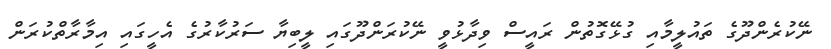
ނޭކުރެންދޫގެ ތައުލީމާއި ގުޅޭގޮތުން ރައީސް ވިދާޅުވީ ނޭކުރަންދޫގައި ލީބިޔާ ސަރުކާރުގެ އެހީގައި އިމާރާތްކުރަން